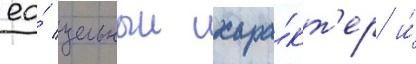
ео́ цельныи хара́кт'ер и́